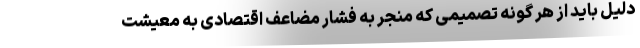
دلیل باید از هر گونه تصمیمی که منجر به فشار مضاعف اقتصادی به معیشت